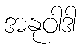
အနုဝါဒါ